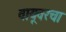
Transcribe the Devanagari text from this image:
वायूवरचा